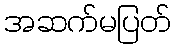
အဆက်မပြတ်